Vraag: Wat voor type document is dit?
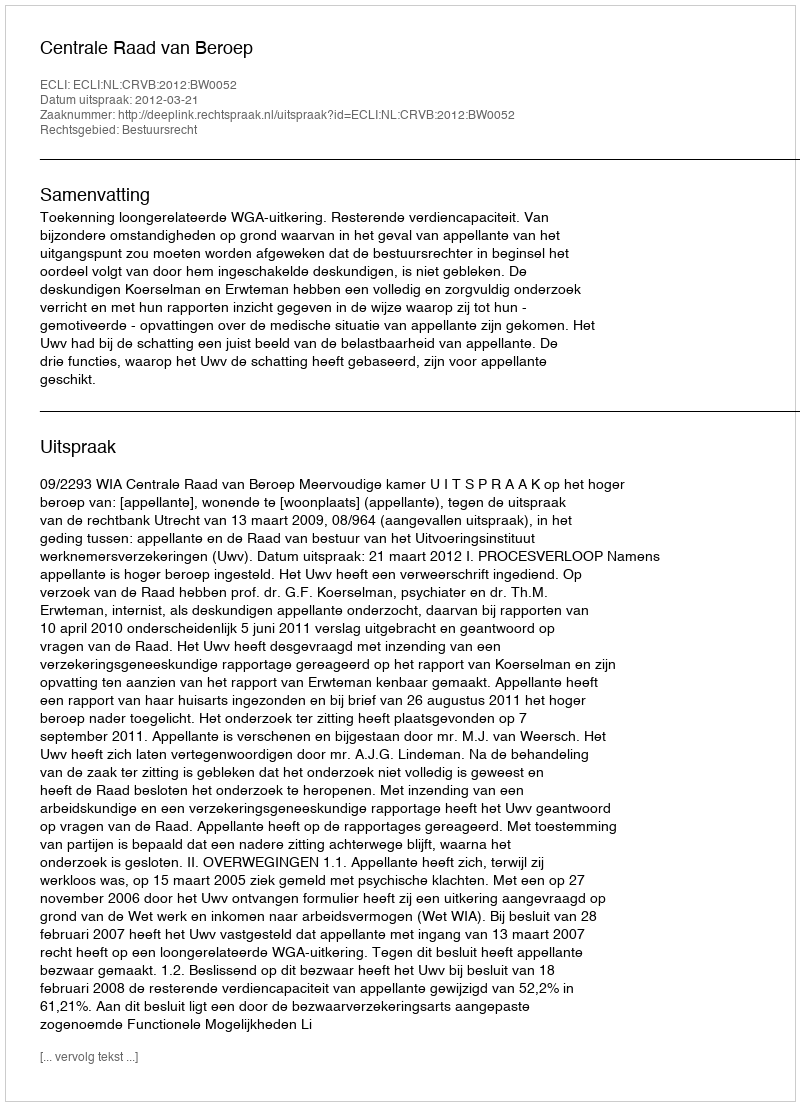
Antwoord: Uitspraak